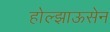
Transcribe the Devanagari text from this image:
होल्झाऊसेन